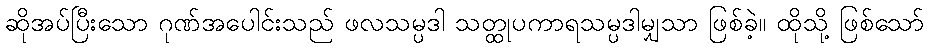
ဆိုအပ်ပြီးသော ဂုဏ်အပေါင်းသည် ဖလသမ္ပဒါ သတ္ထုပကာရသမ္ပဒါမျှသာ ဖြစ်ခဲ့။ ထိုသို့ ဖြစ်သော်